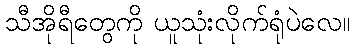
သီအိုရီတွေကို ယူသုံးလိုက်ရုံပဲလေ။